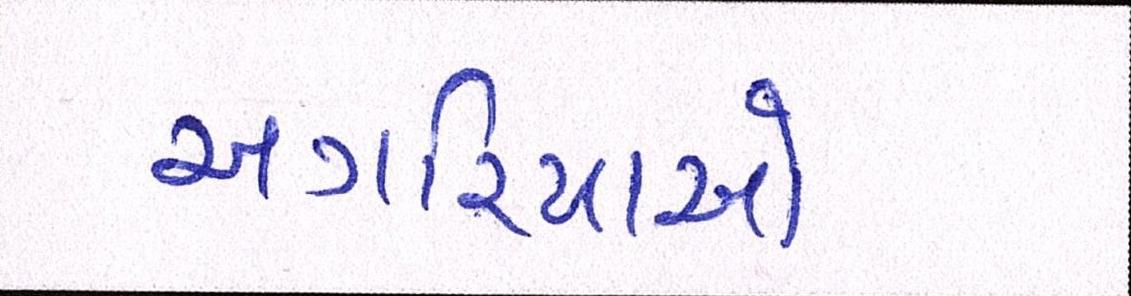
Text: અગરિયાઓ